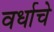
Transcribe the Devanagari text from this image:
वर्धाचे